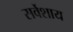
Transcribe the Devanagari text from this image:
सर्वेशाय